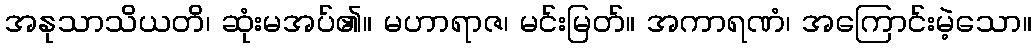
အနုသာသိယတိ၊ ဆုံးမအပ်၏။ မဟာရာဇ၊ မင်းမြတ်။ အကာရဏံ၊ အကြောင်းမဲ့သော။